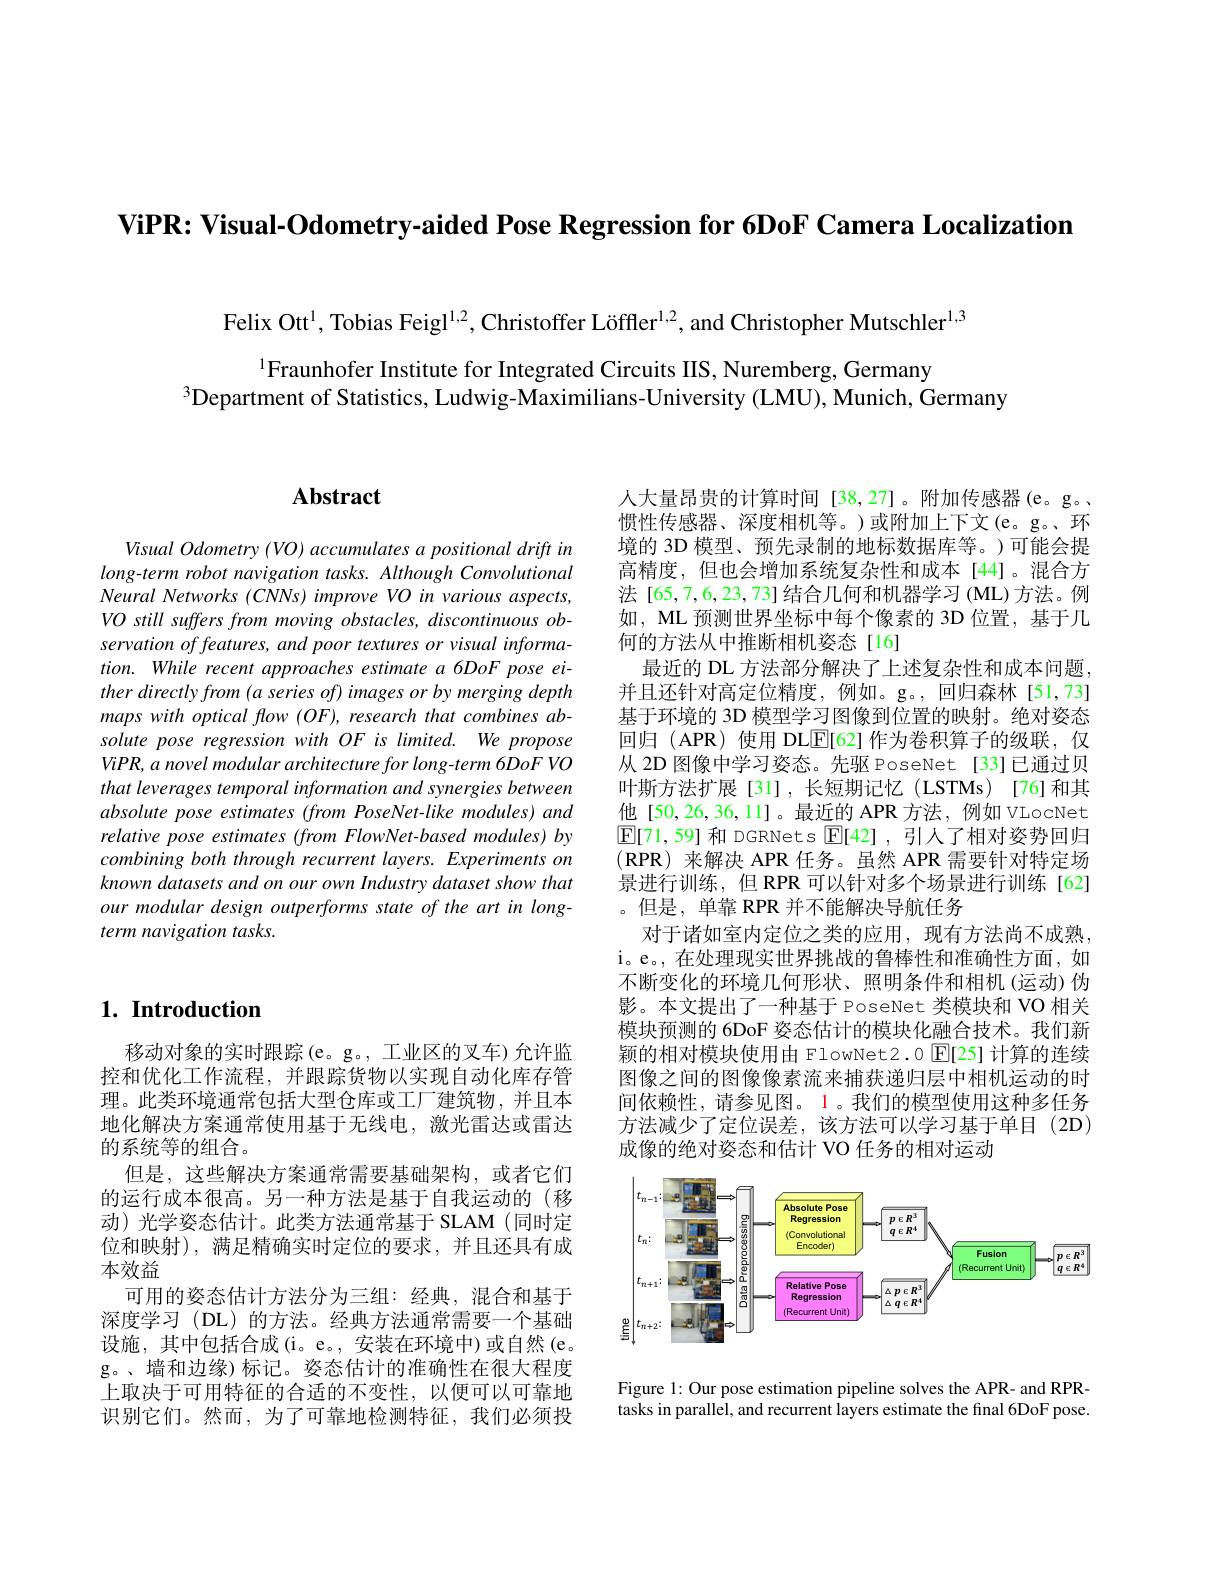
ViPR: Visual-Odometry-aided Pose Regression for 6DoF Camera Localization

Felix Ott$^1$, Tobias Feigl$^{1,2}$, Christoffer Löffler$^{1,2}$, and Christopher Mutschler$^{1,3}$

$^{1}$Fraunhofer Institute for Integrated Circuits IIS, Nuremberg, Germany
$^{3}$Department of Statistics, Ludwig-$\bar\text{Maximilians-University(LMU),Munich, Germany}$

# Abstract

Visual Odometry (VO) accumulates a positional drift in $long-term$ robot navigation tasks. Although Convolutional Neural Networks (CNNs) improve VO in various aspects, VO still suffers from moving obstacles, discontinuous obtion. While recent approaches estimate a 6DoF pose either directly from (a series of) images or by merging depth maps with optical flow (OF), research that combines absolute pose regression with OF is limited. We propose ViPR, a novel modular architecture for long-term 6DoF VO that leverages temporal information and synergies between absolute pose estimates (from PoseNet-like modules) and relative pose estimates (from FlowNet-based modules) by combiningboth through recurrent layers. Experiments on known datasets and on our own Industry dataset show that our modular design outperforms state of the art in longterm navigation tasks.

## $1. \textbf{Introduction}$

移动对象的实时跟踪(e。g。, 工业区的叉车)允许监控和优化工作流程，并跟踪货物以实现自动化库存管理。此类环境通常包括大型仓库或工厂建筑物，并且本地化解决方案通常使用基于无线电，激光雷达或雷达的系统等的组合。
但是，这些解决方案通常需要基础架构，或者它们的运行成本很高。另一种方法是基于自我运动的(移动)光学姿态估计。此类方法通常基于 SLAM (同时定位和映射), 满足精确实时定位的要求，并且还具有成本效益
可用的姿态估计方法分为三组：经典，混合和基于深度学习(DL)的方法。经典方法通常需要一个基础设施，其中包括合成(i。e。, 安装在环境中)或自然(e。g。、墙和边缘)标记。姿态估计的准确性在很大程度上取决于可用特征的合适的不变性，以便可以可靠地识别它们。然而，为了可靠地检测特征，我们必须投

人大量昂贵的计算时间[38,27]。附加传感器(e。g。惯性传感器、深度相机等。)或附加上下文(e。g。、环境的 3D 模型、预先录制的地标数据库等。)可能会提高精度，但也会增加系统复杂性和成本[44]。混合方法 [65,7,6,23,73] 结合几何和机器学习 (ML) 方法。例如，ML 预测世界坐标中每个像素的 3D 位置，基于几何的方法从中推断相机姿态[16]
最近的 DL 方法部分解决了上述复杂性和成本问题， 并且还针对高定位精度，例如。g。,回归森林[51,73] 基于环境的 3D 模型学习图像到位置的映射。绝对姿态回归 (APR) 使用 DL$\underline{\mathrm{E}}[62]$作为卷积算子的级联，仅从 2D 图像中学习姿态。先驱 PoseNet[33]已通过贝叶斯方法扩展[31],长短期记忆(LSTMs)[76]和其他[50,26,36,11]。最近的 APR 方法，例如 VLocNet $\boxed{\mathbb{E}[71,59]}$和 DGRNets $\boxed{\mathbb{F}[42]}$,引人了相对姿势回归$( \textbf{RPR) 来 解 决 APR 任 务 。虽 然 APR 需 要 针 对 特 定 场 }$ 景进行训练，但 RPR 可以针对多个场景进行训练[62] 。但是，单靠 RPR 并不能解决导航任务
对于诸如室内定位之类的应用，现有方法尚不成熟， i。e。,在处理现实世界挑战的鲁棒性和准确性方面，如不断变化的环境几何形状、照明条件和相机(运动)伪影。本文提出了一种基于 PoseNet 类模块和 VO 相关模块预测的 6DoF 姿态估计的模块化融合技术。我们新颖的相对模块使用由 FlowNet2.0 $|\mathbb{E}|[25]$计算的连续图像之间的图像像素流来捕获递归层中相机运动的时间依赖性，请参见图。1。我们的模型使用这种多任务方法减少了定位误差，该方法可以学习基于单目(2D) 成像的绝对姿态和估计 VO 任务的相对运动

<FigureHere>

Figure 1: Our pose estimation pipeline solves the APR- and RPRtasks in parallel, and recurrent layers estimate the final 6DoF pose